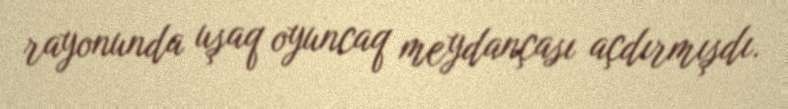
rayonunda uşaq oyuncaq meydançası açdırmışdı.